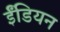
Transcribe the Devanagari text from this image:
ईंडियन